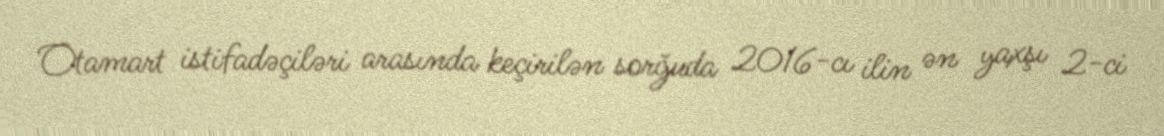
Otamart istifadəçiləri arasında keçirilən sorğuda 2016-cı ilin ən yaxşı 2-ci